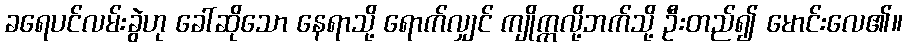
ခရေပင်လမ်းခွဲဟု ခေါ်ဆိုသော နေရာသို့ ရောက်လျှင် ကျိုက္ကလို့ဘက်သို့ ဦးတည်၍ မောင်းလေ၏။